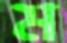
ম